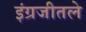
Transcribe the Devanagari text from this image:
इंग्रजीतले